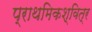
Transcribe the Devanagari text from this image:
प्राथमिकश्वित्र